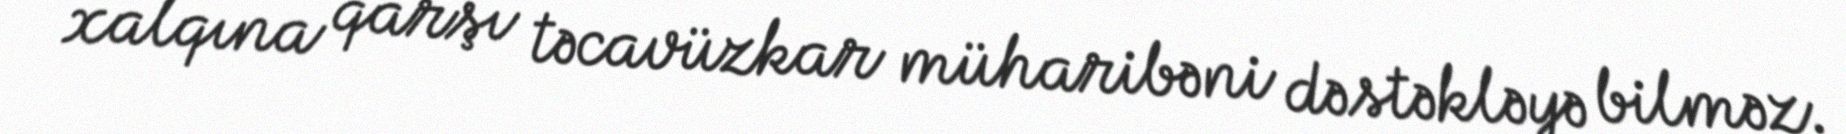
xalqına qarşı təcavüzkar müharibəni dəstəkləyə bilməz.